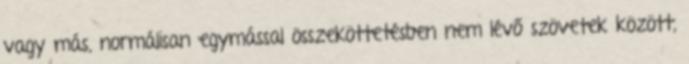
vagy más, normálisan egymással összeköttetésben nem lévő szövetek között,